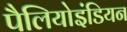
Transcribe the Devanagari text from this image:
पैलियोइंडियन